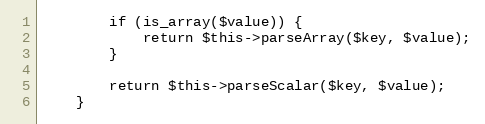
Language: PHP
        if (is_array($value)) {
            return $this->parseArray($key, $value);
        }

        return $this->parseScalar($key, $value);
    }